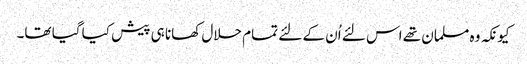
کیونکہ وہ مسلمان تھے اس لئے اُن کے لئے تمام حلال کھانا ہی پیش کیا گیا تھا۔